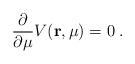
LaTeX: \begin{align*}\frac{\partial}{\partial \mu} V({\bf r}, \mu) = 0 \; .\end{align*}